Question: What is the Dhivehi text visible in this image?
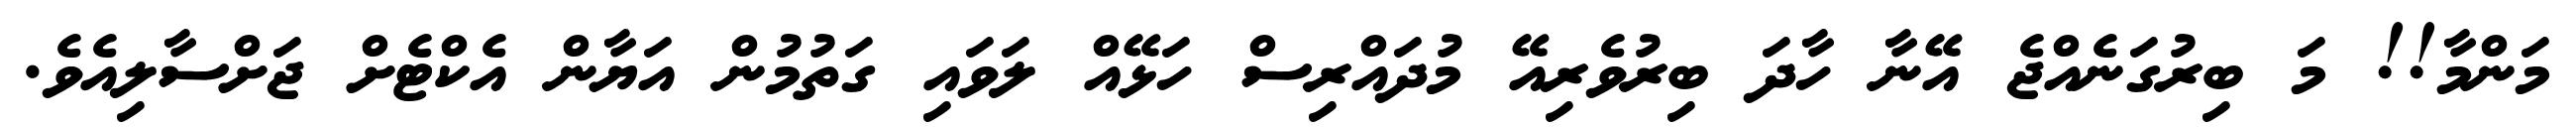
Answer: މަންމާ!! މަ ބިރުގަނެއްޖެ އޭނާ ހާދަ ބިރުވެރިއޭ މުދައްރިސް ހަޅޭއް ލަވައި ގަތުމުން އަޔާން އެކްޓެށް ޖަށްސާލިއެވެ.